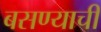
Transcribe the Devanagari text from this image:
बसण्‍याची